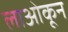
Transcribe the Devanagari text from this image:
लाओकून